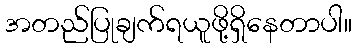
အတည်ပြုချက်ရယူဖို့ရှိနေတာပါ။